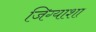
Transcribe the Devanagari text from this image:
जिग्याशा